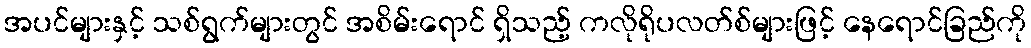
အပင်များနှင့် သစ်ရွက်များတွင် အစိမ်းရောင် ရှိသည့် ကလိုရိုပလတ်စ်များဖြင့် နေရောင်ခြည်ကို